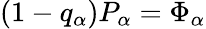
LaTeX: (1-q_{\alpha})P_{\alpha}=\Phi_{\alpha}